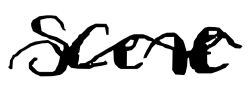
Text: scene
Cross-out: wave
Writing tool: digital_black